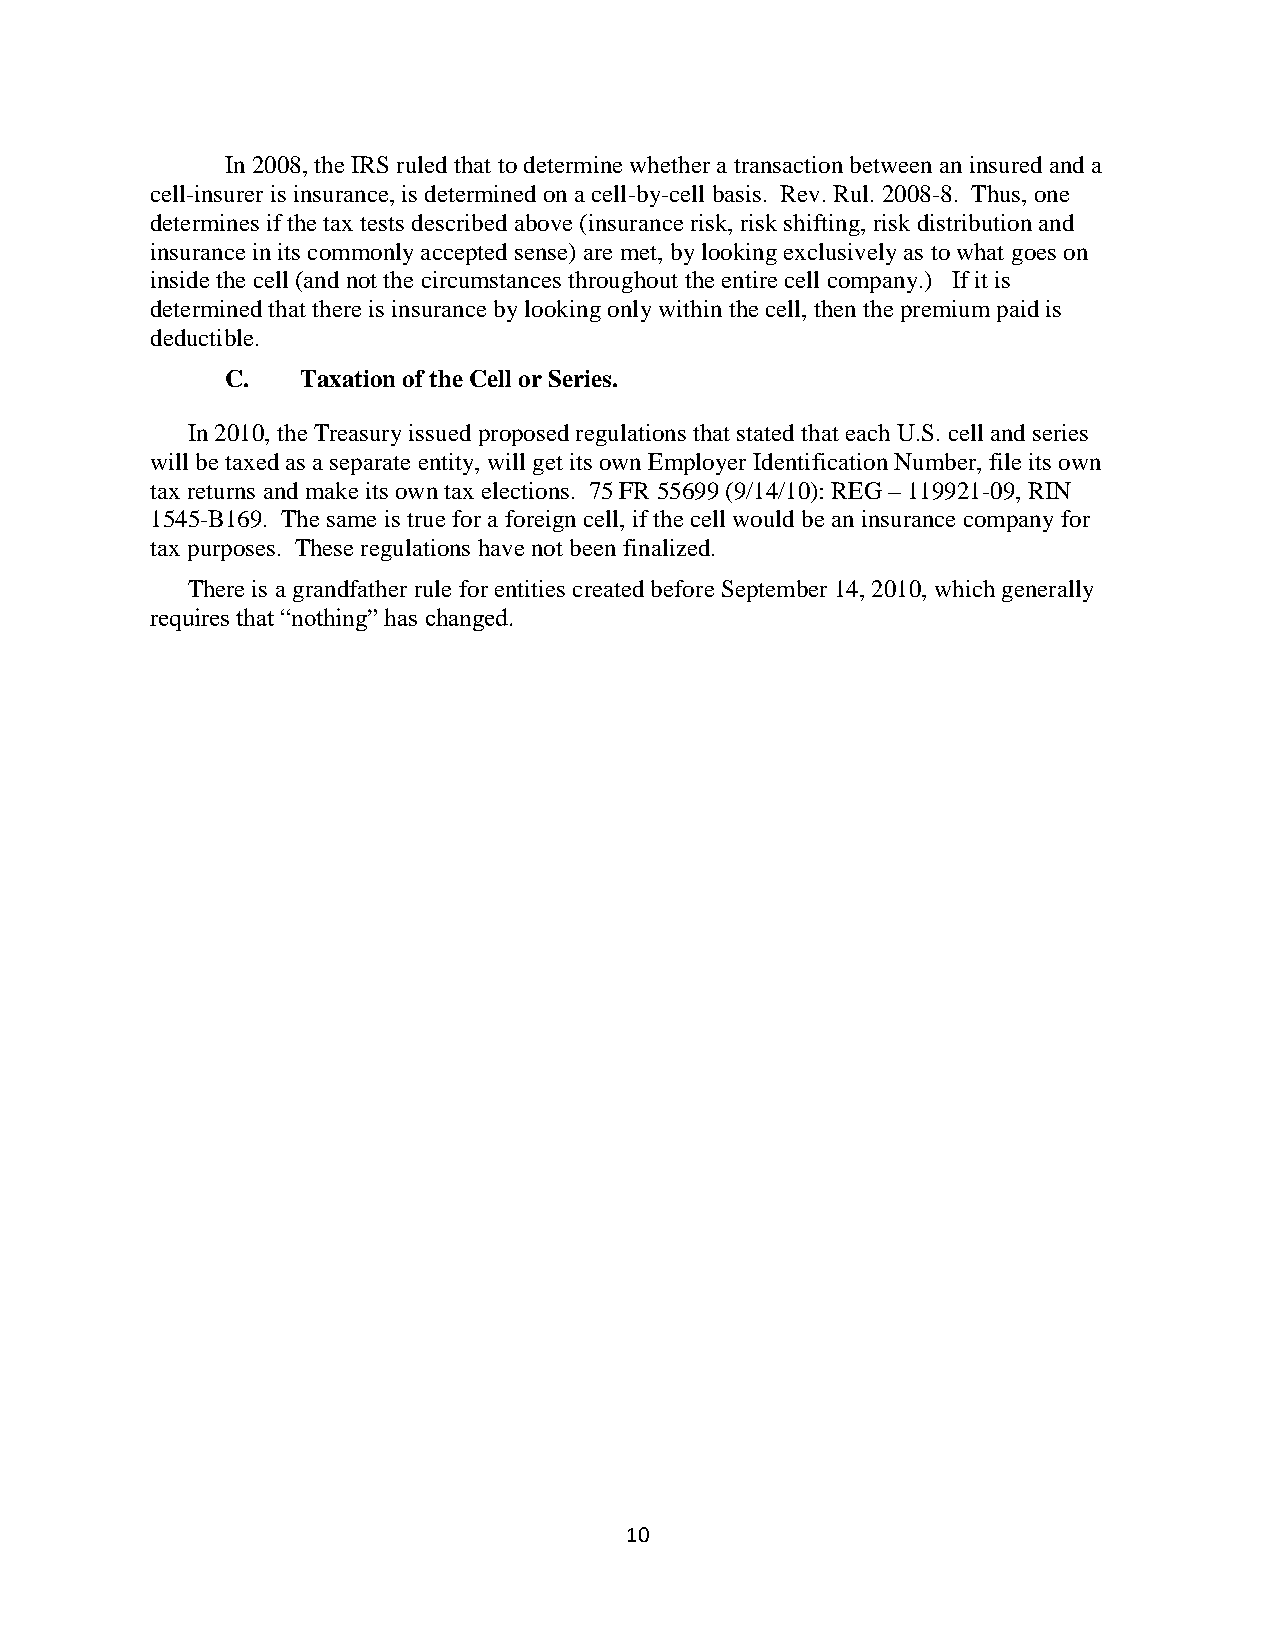
In 2008, the IRS ruled that to determine whether a transaction between an insured and a
 cell-insurer is insurance, is determined on a cell-by-cell basis. Rev. Rul. 2008-8. Thus, one
 determines if the tax tests described above (insurance risk, risk shifting, risk distribution and
 insurance in its commonly accepted sense) are met, by looking exclusively as to what goes on
 inside the cell (and not the circumstances throughout the entire cell company.) If it is
 determined that there is insurance by looking only within the cell, then the premium paid is
 deductible.
 C.   Taxation of the Cell or Series.
 In 2010, the Treasury issued proposed regulations that stated that each U.S. cell and series
 will be taxed as a separate entity, will get its own Employer Identification Number, file its own
 tax returns and make its own tax elections. 75 FR 55699 (9/14/10): REG – 119921-09, RIN
 1545-B169. The same is true for a foreign cell, if the cell would be an insurance company for
 tax purposes. These regulations have not been finalized.
 There is a grandfather rule for entities created before September 14, 2010, which generally
 requires that “nothing” has changed.
 10